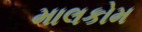
માલકોમ